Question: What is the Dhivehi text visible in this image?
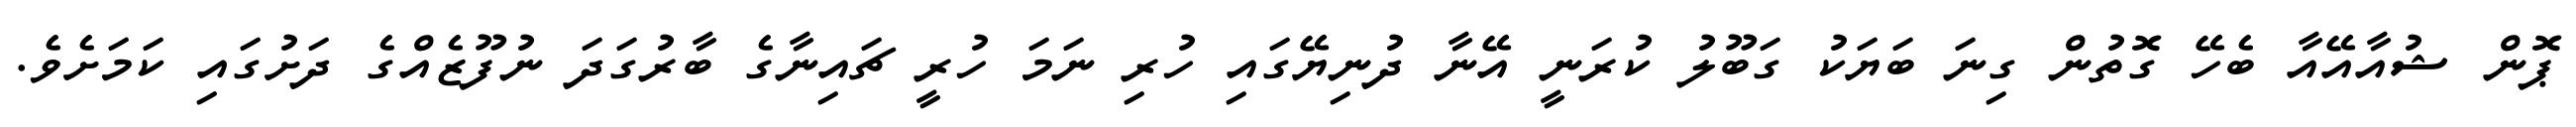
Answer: ޕޮން ޝުއާއޭއާ ބެހޭ ގޮތުން ގިނަ ބަޔަކު ގަބޫލު ކުރަނީ އޭނާ ދުނިޔޭގައި ހުރި ނަމަ ހުރީ ޗައިނާގެ ބާރުގަދަ ނުފޫޒެއްގެ ދަށުގައި ކަމަށެވެ.